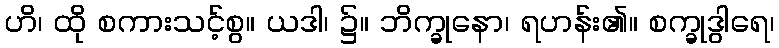
ဟိ၊ ထို စကားသင့်စွ။ ယဒါ၊ ၌။ ဘိက္ခုနော၊ ရဟန်း၏။ စက္ခုဒွါရေ၊